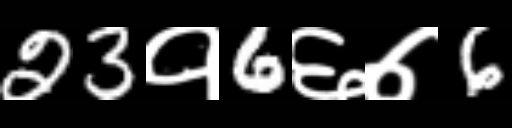
Text: 23१6६७6